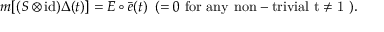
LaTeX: m [ ( S \otimes \mathrm { i d } ) \Delta ( t ) ] = E \circ \bar { e } ( t ) \; \; ( = 0 \; \mathrm { f o r ~ a n y ~ n o n - t r i v i a l ~ t \not = 1 ~ } ) .